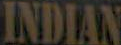
INDIAN